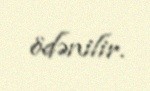
ödənilir.